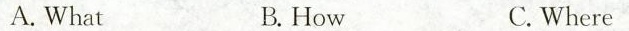
A. What B.How C. Where